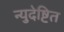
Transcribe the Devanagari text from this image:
न्युदेष्टित